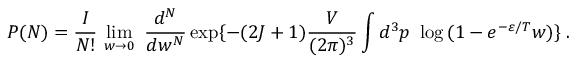
P ( N ) = \frac { I } { N ! } \, \operatorname * { l i m } _ { w \rightarrow 0 } \, \, \frac { d ^ { N } } { d w ^ { N } } \exp \{ - ( 2 J + 1 ) \frac { V } { ( 2 \pi ) ^ { 3 } } \int d ^ { 3 } p \, \, \log \, ( 1 - e ^ { - \varepsilon / T } w ) \} \; .